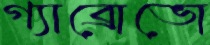
গ্যাব্রোভো